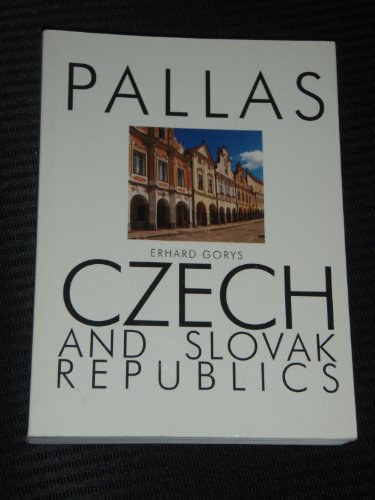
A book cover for Czech and Slovak Republics (Pallas Guides); Edward Gorys; Travel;